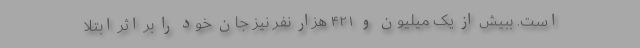
است. ببیش از یک میلیون و ۴۲۱ هزار نفر نیز جان خود را بر اثر ابتلا